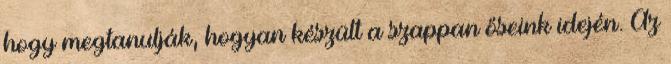
hogy megtanulják, hogyan készült a szappan őseink idején. Az